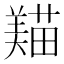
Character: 𦏒